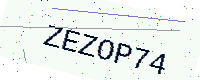
Text: ZEZOP74